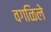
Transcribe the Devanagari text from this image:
वगळिले